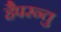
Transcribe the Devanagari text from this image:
हैपरन्तु